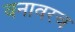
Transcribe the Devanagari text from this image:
वनावरच